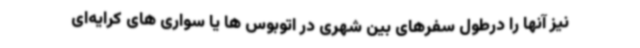
نیز آنها را درطول سفرهای بین شهری در اتوبوس ها یا سواری های کرایه‌ای